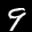
Label: 9